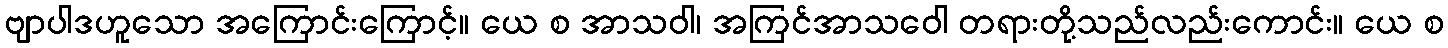
ဗျာပါဒဟူသော အကြောင်းကြောင့်။ ယေ စ အာသဝါ၊ အကြင်အာသဝေါ တရားတို့သည်လည်းကောင်း။ ယေ စ